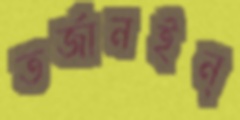
তর্জানইন্